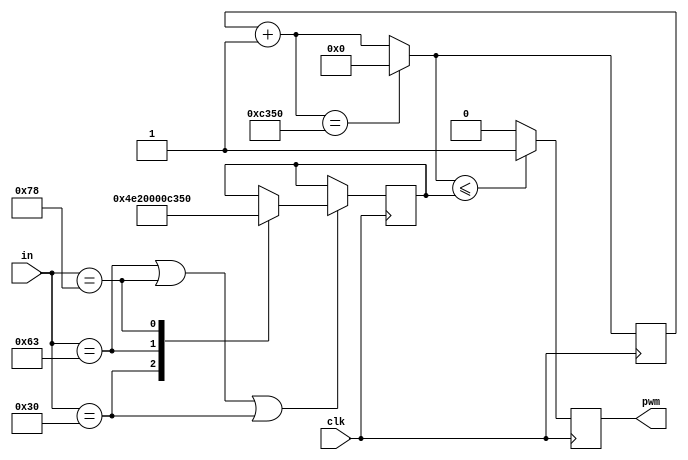
module pwm2 (clk, in, pwm);

input clk;
input [7:0]in;
output reg pwm;

reg [27:0] contador;
reg [27:0] ciclo = 0;

always @(posedge clk) begin
		if(in=='h63|in=='h78|in=='h30) begin
			case(in)
				'h30: ciclo<=0;         // 0%
				'h63: ciclo<=20_000;    // 40%  
				'h78: ciclo<=50_000;    // 100%
			endcase 
		end
end


always @(posedge clk) begin
	contador=contador+1;
	
	if (contador == 50_000)begin
		contador=0;
	end
	
	if (contador <= ciclo)begin
		pwm=1;
	end else begin
		pwm=0;
	end
	
end

endmodule